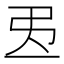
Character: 𢎶